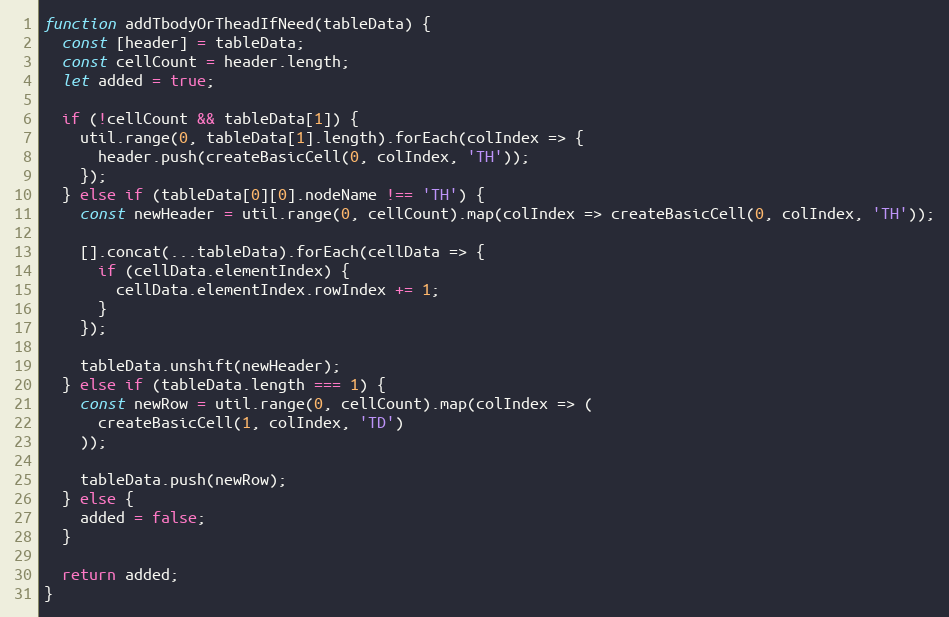
Language: JavaScript
function addTbodyOrTheadIfNeed(tableData) {
  const [header] = tableData;
  const cellCount = header.length;
  let added = true;

  if (!cellCount && tableData[1]) {
    util.range(0, tableData[1].length).forEach(colIndex => {
      header.push(createBasicCell(0, colIndex, 'TH'));
    });
  } else if (tableData[0][0].nodeName !== 'TH') {
    const newHeader = util.range(0, cellCount).map(colIndex => createBasicCell(0, colIndex, 'TH'));

    [].concat(...tableData).forEach(cellData => {
      if (cellData.elementIndex) {
        cellData.elementIndex.rowIndex += 1;
      }
    });

    tableData.unshift(newHeader);
  } else if (tableData.length === 1) {
    const newRow = util.range(0, cellCount).map(colIndex => (
      createBasicCell(1, colIndex, 'TD')
    ));

    tableData.push(newRow);
  } else {
    added = false;
  }

  return added;
}